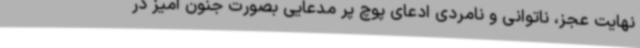
نهایت عجز، ناتوانی و نامردی ادعای پوچ پر مدعایی بصورت جنون آمیز در